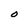
Character: O